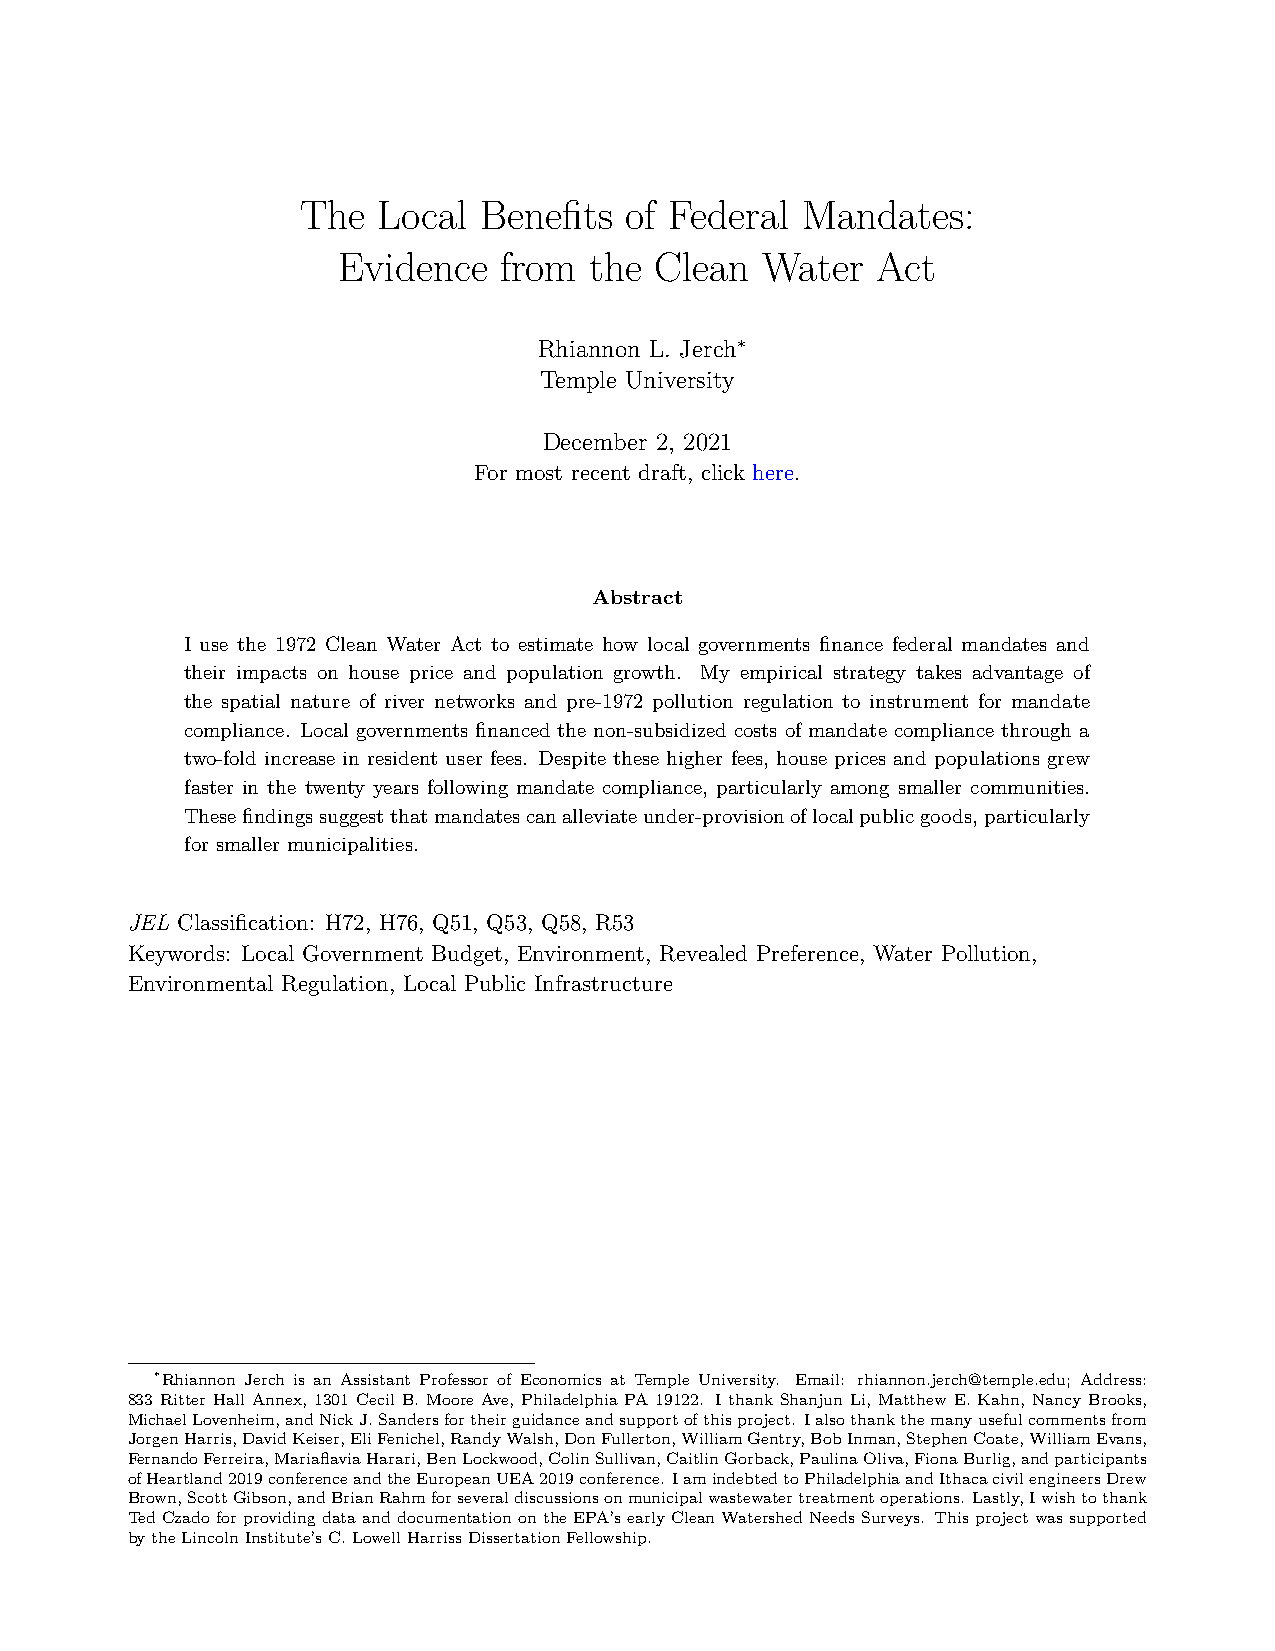
The  Local  Benefits of Federal  Mandates:
 Evidence   from  the Clean   Water  Act
 Rhiannon L. Jerch∗
 Temple University
 December 2, 2021
 For most recent draft, click here.
 Abstract
 I use the 1972 Clean Water Act to estimate how local governments finance federal mandates and
 their impacts on house price and population growth. My empirical strategy takes advantage of
 the spatial nature of river networks and pre-1972 pollution regulation to instrument for mandate
 compliance. Local governments financed the non-subsidized costs of mandate compliance through a
 two-fold increase in resident user fees. Despite these higher fees, house prices and populations grew
 faster in the twenty years following mandate compliance, particularly among smaller communities.
 Thesefindingssuggestthatmandatescanalleviateunder-provisionoflocalpublicgoods,particularly
 for smaller municipalities.
 JEL Classification: H72, H76, Q51, Q53, Q58, R53
 Keywords: Local Government Budget, Environment, Revealed Preference, Water Pollution,
 Environmental Regulation, Local Public Infrastructure
 ∗Rhiannon Jerch is an Assistant Professor of Economics at Temple University. Email: rhiannon.jerch@temple.edu; Address:
 833 Ritter Hall Annex, 1301 Cecil B. Moore Ave, Philadelphia PA 19122. I thank Shanjun Li, Matthew E. Kahn, Nancy Brooks,
 MichaelLovenheim,andNickJ.Sandersfortheirguidanceandsupportofthisproject. Ialsothankthemanyusefulcommentsfrom
 JorgenHarris,DavidKeiser,EliFenichel,RandyWalsh,DonFullerton,WilliamGentry,BobInman,StephenCoate,WilliamEvans,
 FernandoFerreira,MariaflaviaHarari,BenLockwood,ColinSullivan,CaitlinGorback,PaulinaOliva,FionaBurlig,andparticipants
 ofHeartland2019conferenceandtheEuropeanUEA2019conference. IamindebtedtoPhiladelphiaandIthacacivilengineersDrew
 Brown,ScottGibson,andBrianRahmforseveraldiscussionsonmunicipalwastewatertreatmentoperations. Lastly,Iwishtothank
 TedCzadoforprovidingdataanddocumentationontheEPA’searlyCleanWatershedNeedsSurveys. Thisprojectwassupported
 bytheLincolnInstitute’sC.LowellHarrissDissertationFellowship.